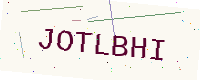
Text: JOTLBHI